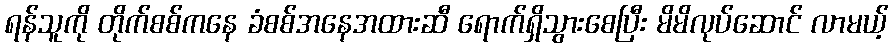
ရန်သူကို တိုက်စစ်ကနေ ခံစစ်အနေအထားဆီ ရောက်ရှိသွားစေပြီး မိမိလုပ်ဆောင် လာမယ့်